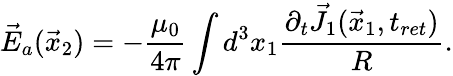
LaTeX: \vec{E}_{a}(\vec{x}_{2})=-\frac{\mu_{0}}{4\pi}\int d^{3}x_{1}\frac{\partial_{t}\vec{J}_{1}(\vec{x}_{1},t_{ret})}{R}.